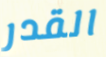
القدر